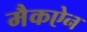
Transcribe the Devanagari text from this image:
मैकऐन